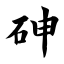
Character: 砷